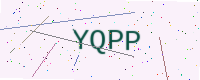
Text: YQPP